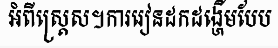
អំពីស្ត្រេស។ការរៀនដកដង្ហើមបែប